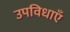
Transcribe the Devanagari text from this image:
उपविधाएँ